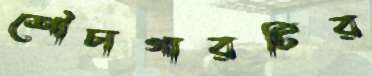
শৌচাগারটির